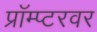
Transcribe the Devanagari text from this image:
प्रॉम्प्टरवर